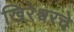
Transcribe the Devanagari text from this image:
खिरेश्वरचे